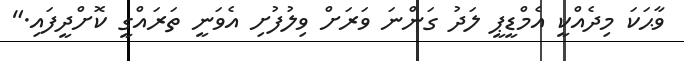
ވާޙަކަ މިދެއްކީ އެމްޑީޕީ ލަދު ގަންނަ ވަރަށް ވިލުފުށި އެވަނީ ތަރައްގީ ކޮށްދީފައި."